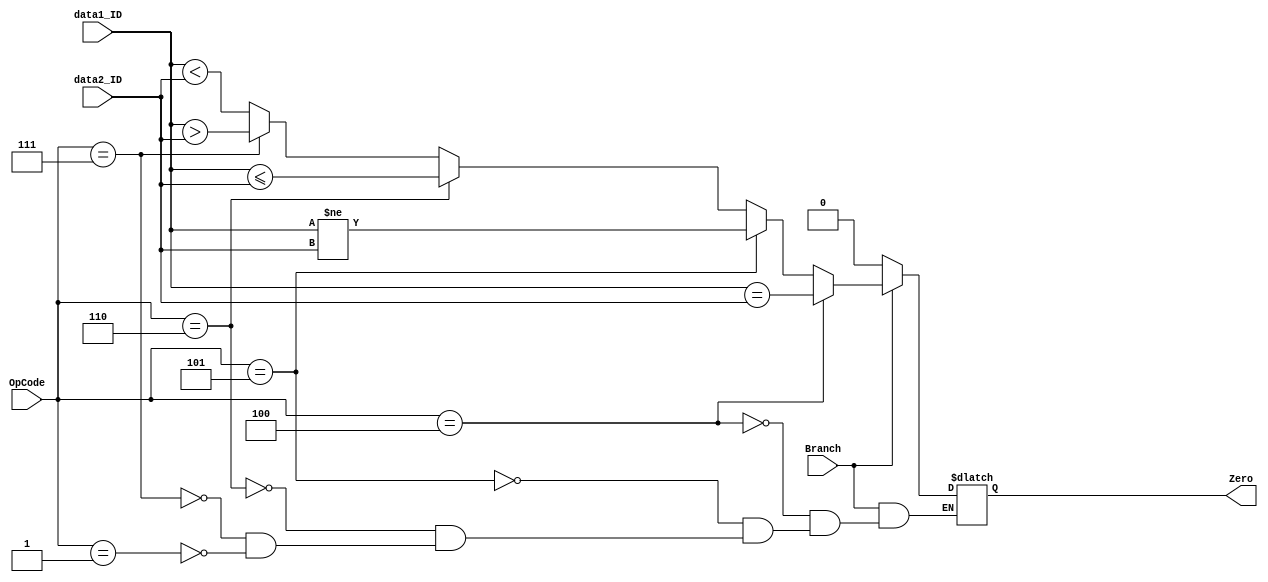
`timescale 1ns / 1ps
module BranchJudge(
    input wire [5:0] OpCode,
    input wire [31:0] data1_ID,
    input wire [31:0] data2_ID,
    input wire Branch,
    output reg Zero
);

    always@(*) begin
        if(Branch) begin
            if(OpCode == 6'h04) begin       // beq
                Zero <= data1_ID == data2_ID;
            end
            else if(OpCode == 6'h05) begin  // bne
                Zero <= data1_ID != data2_ID;
            end
            else if(OpCode == 6'h06) begin  // blez
                Zero <= (data1_ID <= data2_ID);
            end
            else if(OpCode == 6'h07) begin  // bgtz
                Zero <= (data1_ID > data2_ID);
            end
            else if(OpCode == 6'h01) begin  // bltz
                Zero <= (data1_ID < data2_ID);
            end
            else begin
                Zero <= Zero;
            end
        end
        else begin
            Zero <= 0;
        end
    end

endmodule